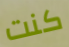
كنت